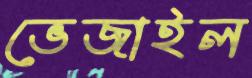
ভেজাইল